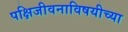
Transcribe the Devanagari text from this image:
पक्षिजीवनाविषयीच्या